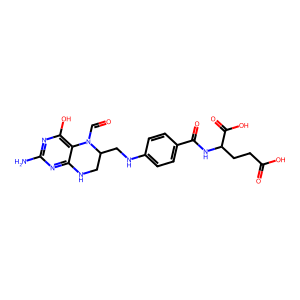
SMILES: Nc1nc(O)c2c(n1)NCC(CNc1ccc(C(=O)NC(CCC(=O)O)C(=O)O)cc1)N2C=O
Inhibits HIV replication: No